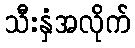
သီးနှံအလိုက်